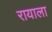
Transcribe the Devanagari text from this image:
रायाला